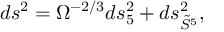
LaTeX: d s ^ { 2 } = \Omega ^ { - 2 / 3 } d s _ { 5 } ^ { 2 } + d s _ { \tilde { S } ^ { 5 } } ^ { 2 } ,